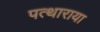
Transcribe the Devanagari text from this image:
पत्थाराया